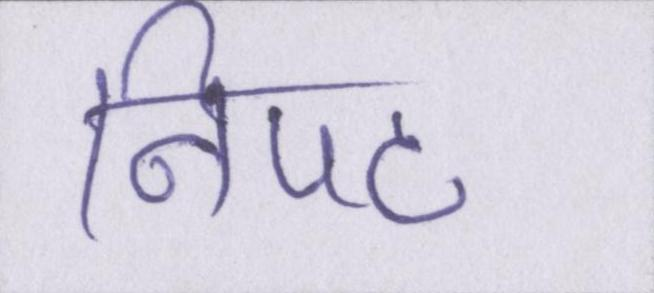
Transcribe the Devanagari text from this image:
निपट